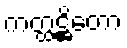
ကတ္ထဋ္ဌိတော